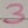
Text: 3